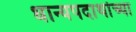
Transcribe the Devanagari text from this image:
धान्यपदार्थाच्या